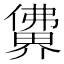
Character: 𰂽